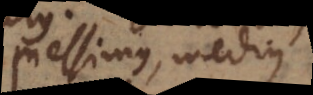
pessimus, medius.